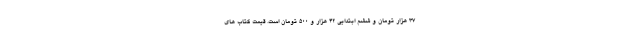
۳۷ هزار تومان و ششم ابتدایی ۴۲ هزار و ۵۰۰ تومان است. قیمت کتاب های